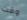
وقت